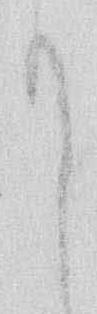
て